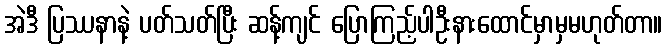
အဲဒီ ပြဿနာနဲ့ ပတ်သတ်ပြီး ဆန့်ကျင် ပြောကြည့်ပါဦးနားထောင်မှာမှမဟုတ်တာ။